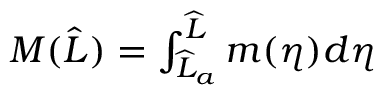
\begin{array} { r } { M ( \widehat { L } ) = \int _ { \widehat { L } _ { a } } ^ { \widehat { L } } m ( \eta ) d \eta } \end{array}